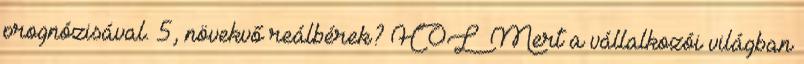
prognózisával. 5, növekvő reálbérek? HOL Mert a vállalkozói világban